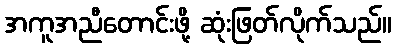
အကူအညီတောင်းဖို့ ဆုံးဖြတ်လိုက်သည်။